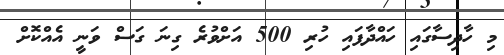
މި ހާދިސާގައި ހައްދާފައި ހުރި 500 އަށްވުރެ ގިނަ ގަސް ވަނީ އެއްކޮށް